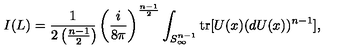
I ( L ) = \frac { 1 } { 2 \left( \frac { n - 1 } { 2 } \right) \! } \left( \frac { i } { 8 \pi } \right) ^ { \frac { n - 1 } { 2 } } \int _ { S _ { \infty } ^ { n - 1 } } \mathrm { t r } [ U ( x ) ( d U ( x ) ) ^ { n - 1 } ] ,